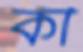
কী